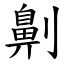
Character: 劓